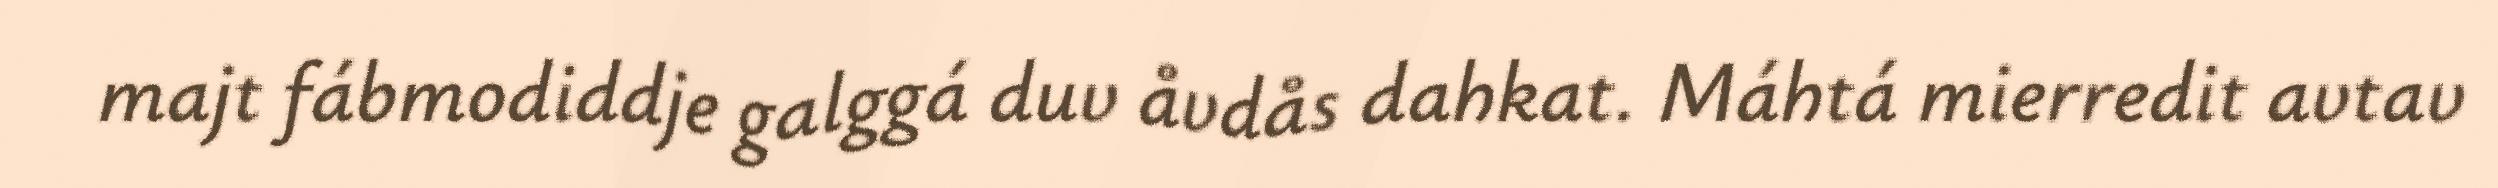
majt fábmodiddje galggá duv åvdås dahkat. Máhtá mierredit avtav